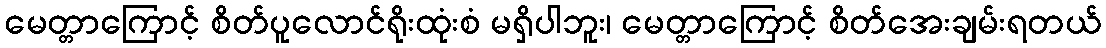
မေတ္တာကြောင့် စိတ်ပူလောင်ရိုးထုံးစံ မရှိပါဘူး၊ မေတ္တာကြောင့် စိတ်အေးချမ်းရတယ်